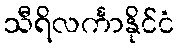
သီရိလင်္ကာနိုင်ငံ